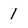
Character: 1